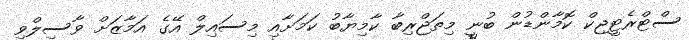
ސްޓްރެޓީޖިކް ކޮމާންޑުން ބުނީ މިތަޖްރިބާ ކާމިޔާބު ކަމަށާއި މިސައިލް އޭގެ އަމާޒަށް ވާސިލްވި